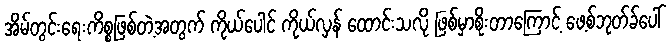
အိမ်တွင်းရေးကိစ္စဖြစ်တဲ့အတွက် ကိုယ်ပေါင် ကိုယ်လှန် ထောင်းသလို ဖြစ်မှာစိုးတာကြောင့် ဖေ့စ်ဘုတ်ခ်ပေါ်